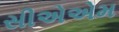
સીએએમ